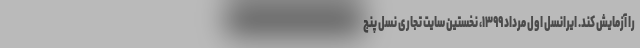
را آزمایش کند. ایرانسل اول مرداد ۱۳۹۹، نخستین سایت تجاری نسل پنج